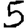
Digit: 5